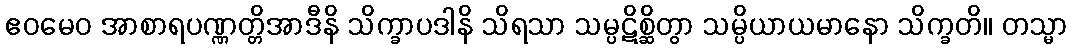
ဧဝမေဝ အာစာရပဏ္ဏတ္တိအာဒီနိ သိက္ခာပဒါနိ သိရသာ သမ္ပဋိစ္ဆိတွာ သမ္ပိယာယမာနော သိက္ခတိ။ တသ္မာ